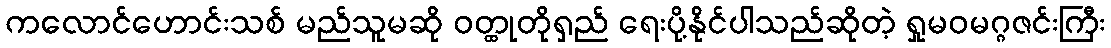
ကလောင်ဟောင်းသစ် မည်သူမဆို ဝတ္ထုတိုရှည် ရေးပို့နိုင်ပါသည်ဆိုတဲ့ ရှုမဝမဂ္ဂဇင်းကြီး